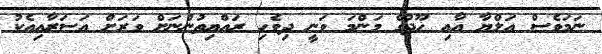
ނަމަވެސް އަލްޔާ އާއި ހޫދުގެ މަންމަ ވަނީ ދިވެހި ރައްޔިތުންނަށް ވަރަށް އަސަރާއިއެކު